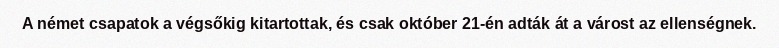
A német csapatok a végsőkig kitartottak, és csak október 21-én adták át a várost az ellenségnek.